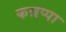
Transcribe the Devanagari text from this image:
कन्नप्पा